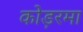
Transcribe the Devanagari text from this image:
कोड़रमा